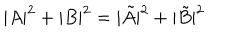
| A | ^ { 2 } + | B | ^ { 2 } = | \tilde { A } | ^ { 2 } + | \tilde { B } | ^ { 2 }